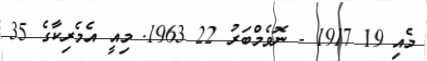
މެއި 19 1917 - ނޮވެމްބަރު 22 1963. މިއީ އެމެރިކާގެ 35